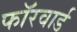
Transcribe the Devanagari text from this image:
फॉरवार्ड